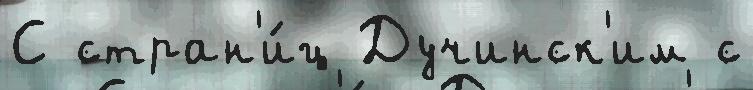
С стран'и́ц Дучинск'им с